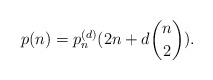
\begin{align*}p(n)=p_{n}^{(d)}(2n+d{n \choose 2}).\end{align*}